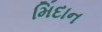
મિદાન